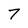
Character: 7